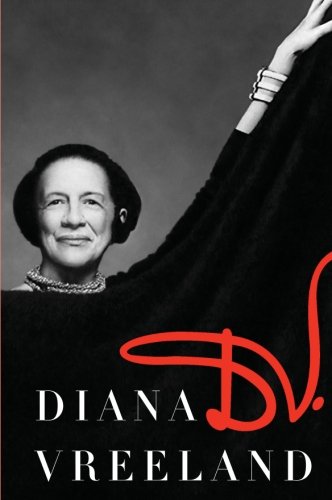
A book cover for D.V.; Diana Vreeland; Biographies & Memoirs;